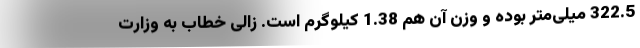
322.5 میلی‌متر بوده و وزن آن هم 1.38 کیلوگرم است. زالی خطاب به وزارت